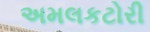
અમલકટોરી